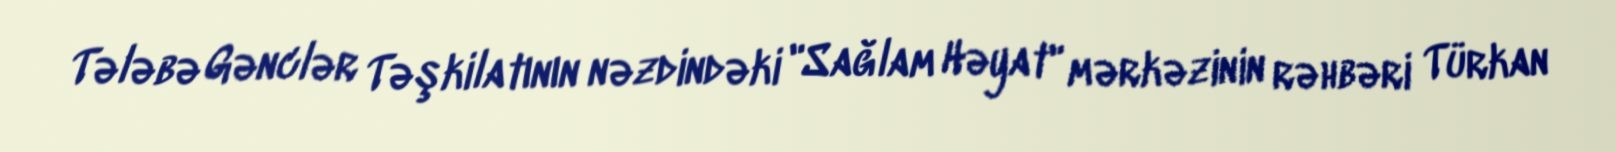
Tələbə Gənclər Təşkilatının nəzdindəki "Sağlam Həyat" mərkəzinin rəhbəri Türkan